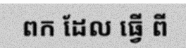
ពក ដែល ធ្វើ ពី